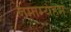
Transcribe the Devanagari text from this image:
नमाम्यहम्‌